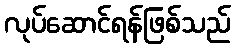
လုပ်ဆောင်ရန်ဖြစ်သည်